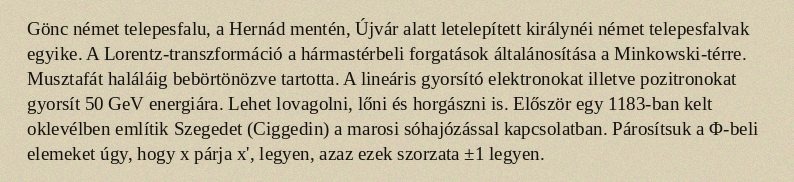
Gönc német telepesfalu, a Hernád mentén, Újvár alatt letelepített királynéi német telepesfalvak egyike. A Lorentz-transzformáció a hármastérbeli forgatások általánosítása a Minkowski-térre. Musztafát haláláig bebörtönözve tartotta. A lineáris gyorsító elektronokat illetve pozitronokat gyorsít 50 GeV energiára. Lehet lovagolni, lőni és horgászni is. Először egy 1183-ban kelt oklevélben említik Szegedet (Ciggedin) a marosi sóhajózással kapcsolatban. Párosítsuk a Φ-beli elemeket úgy, hogy x párja x', legyen, azaz ezek szorzata ±1 legyen.